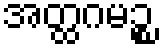
အတ္ထဂမဉ္စ